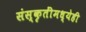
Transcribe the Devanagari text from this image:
संस्कृतींमध्येही